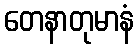
တေနာတုမာနံ